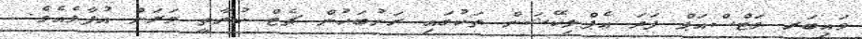
ވައިބަރ ވަޓްސްއަޕް ފަދަ އެޕްލިކޭޝަން ތަކުގައި ރަށުބަހުން ޗެޓް ކުރާތީ ވަރަށް އުފާވެއެވެ.